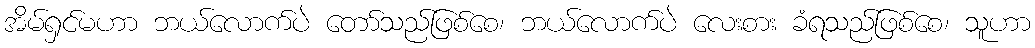
အိမ်ရှင်မဟာ ဘယ်လောက်ပဲ တော်သည်ဖြစ်စေ၊ ဘယ်လောက်ပဲ လေးစား ခံရသည်ဖြစ်စေ၊ သူဟာ